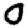
Digit: 0